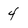
Character: 4